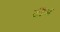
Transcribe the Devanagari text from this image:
टींम